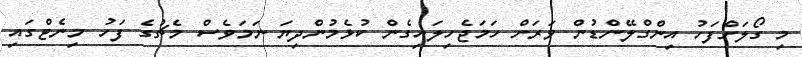
މި ގޯލަށްފަހު އިންގްލޭންޑުން ވަރަށް ހަމަޖެހިލައިގެން ކުޅެމުންދިޔަ ނަމަވެސް މެޗުގެ ފަހު މިނެޓްގައި